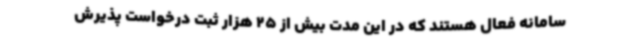
سامانه فعال هستند که در این مدت بیش از 25 هزار ثبت درخواست پذیرش